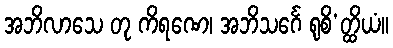
အဘိလာသေ တု ကိရဏေ၊ အဘိသင်္ဂေ ရုစိ’တ္ထိယံ။